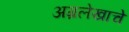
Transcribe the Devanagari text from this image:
अग्रलेखाचे